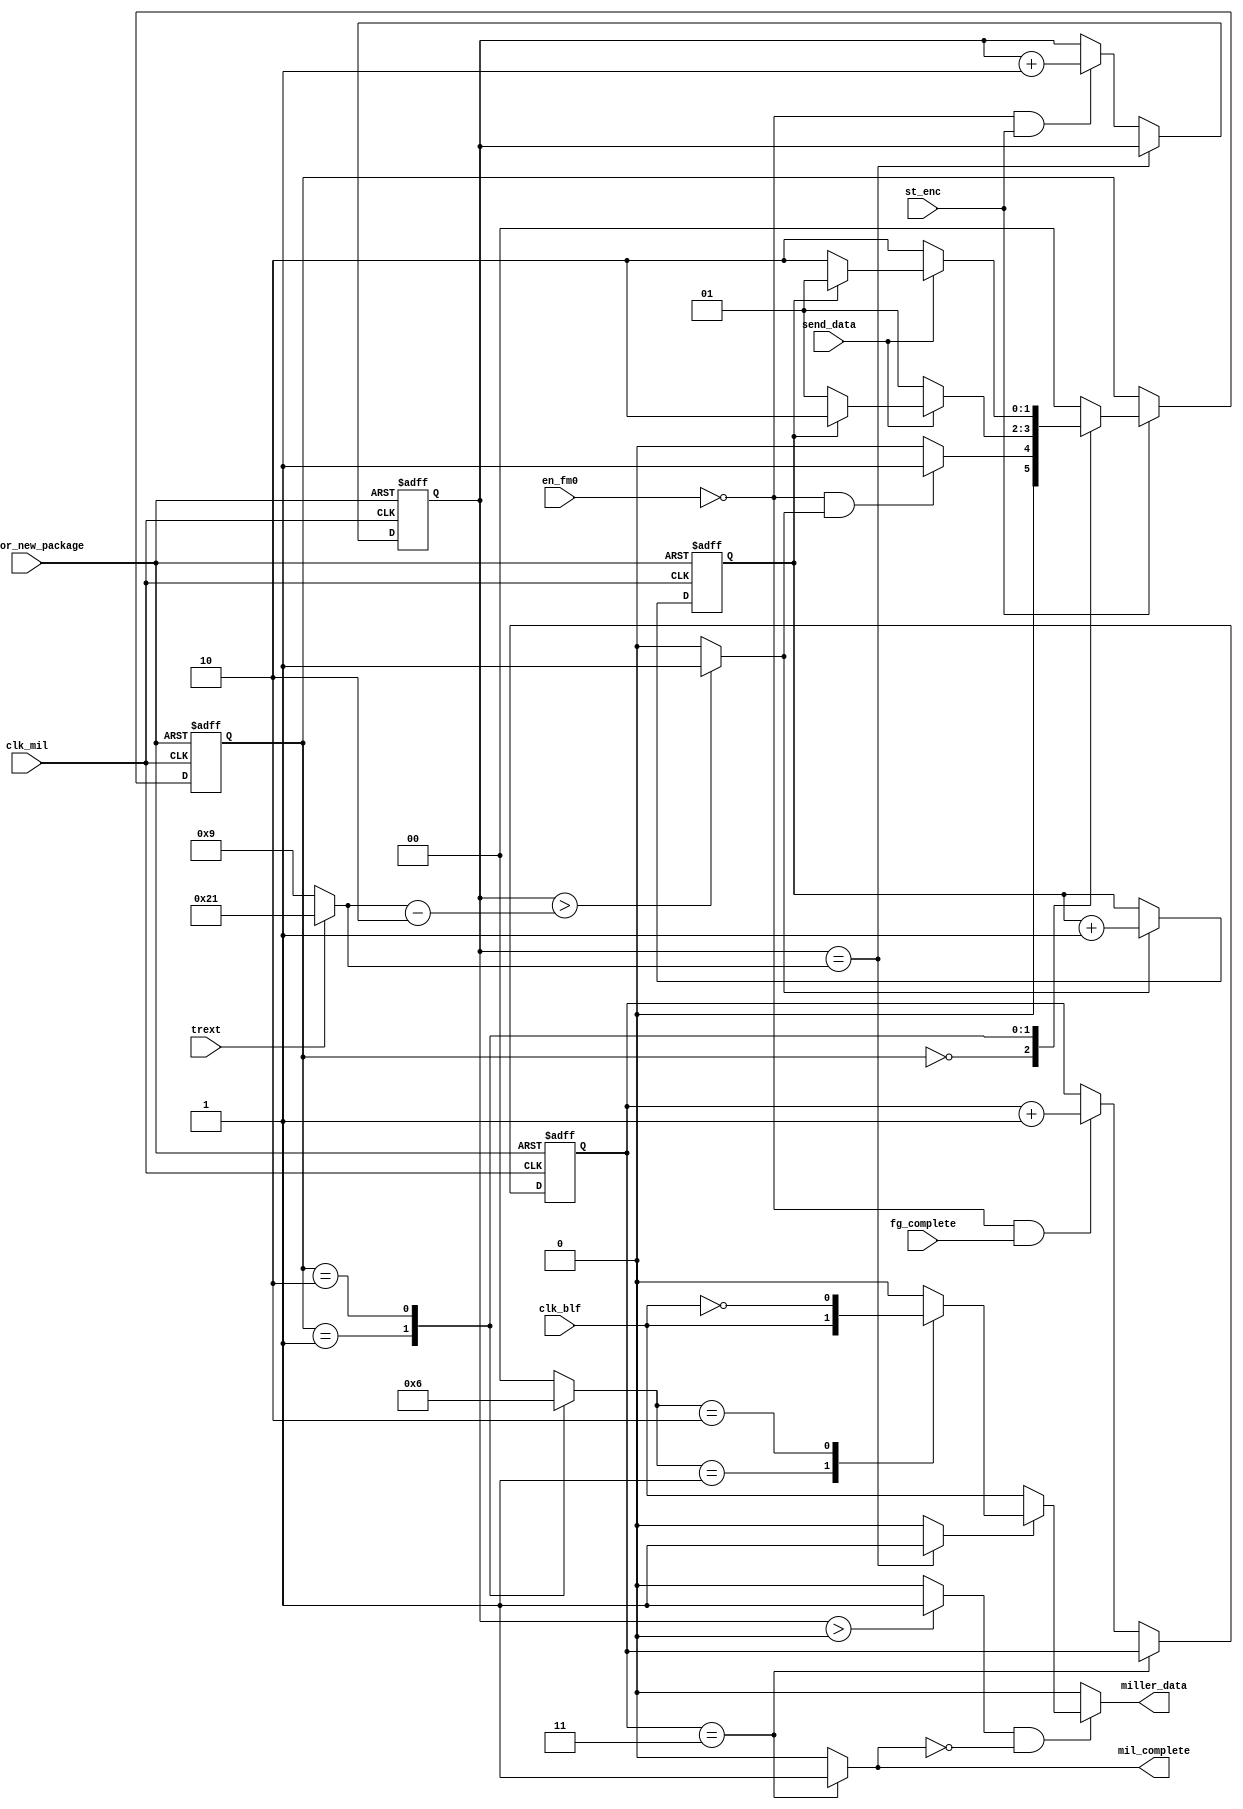
/*
	*	Miller Encoder
	*
	*	By our algorithm, Miller Encoder can operate in the lowest frequency
	*	to save the power dissipation
	*
	*	This algorithm is also applied to FMo Encoder
	*
	*	If enable Miller Encoder, disable FM0 Encoder and vice versa
*/


`timescale 1us / 1ns


module miller_enc
(
output miller_data,
output mil_complete,
input clk_mil,
input rst_for_new_package,
input clk_blf,
input send_data,
input en_fm0,		// if en_fm0 = 0, enable miller encoder 
input trext,
input st_enc,
input fg_complete
);


parameter GetData  	= 2'b00;
parameter DataP   	= 2'b01;
parameter DataN   	= 2'b10;


reg [1:0]ps;
reg [1:0]ns;

wire clk_blf_n;
wire en_mil_out;
wire m2o;
wire mp_complete;
wire me_start;

reg [5:0]mp_end;
reg [5:0]mp_cnt;
reg m_cnt;
reg m1o;
reg [1:0]data_select;
reg [1:0]fg_comp_cnt;


assign clk_blf_n = ~clk_blf;

assign en_mil_out = (mp_cnt > 6'h0)? 1'b1 : 1'b0;

assign miller_data = (en_mil_out & ~mil_complete)? m2o : 1'b0;

assign m2o = mp_complete? m1o : clk_blf;

assign mp_complete = (mp_cnt == mp_end)? 1'b1 : 1'b0;

assign me_start = (mp_cnt > mp_end - 6'h2)? 1'b1 : 1'b0; 

always@(*) begin
	if(~trext) mp_end = 6'h9;
	else mp_end = 6'h21;
end

always@(posedge clk_mil or negedge rst_for_new_package) begin
	if(~rst_for_new_package) mp_cnt <= 6'h0;
	else begin
		if(mp_cnt == mp_end) mp_cnt <= mp_cnt;
		else if(~en_fm0 & st_enc) mp_cnt <= mp_cnt + 6'h1;
	end
end

always@(posedge clk_mil or negedge rst_for_new_package) begin
	if(~rst_for_new_package) m_cnt <= 1'b0;
	else if(me_start) m_cnt <= m_cnt + 1'b1;
end

always@(posedge clk_mil or negedge rst_for_new_package) begin
	if(~rst_for_new_package) ps <= GetData;
	else if(st_enc) ps <= ns;
end

always@(*) begin
	case(ps)
		GetData : if(~en_fm0 & me_start) ns = DataP;
			  else ns = GetData;
		DataP	: if(~send_data) ns = DataP;
			  else begin
			  	if(~m_cnt) ns = DataP;
				else ns = DataN;
			  end
		DataN	: if(~send_data) ns = DataN;
			  else begin
			  	if(~m_cnt) ns = DataN;
				else ns = DataP;
			  end
		default : ns = GetData;
	endcase
end

always@(*) begin
	case(ps)
		GetData : data_select = 2'h0;
		DataP	: data_select = 2'h1;
		DataN	: data_select = 2'h2;
		default : data_select = 2'h0;
	endcase
end

always@(*) begin
	case(data_select)
		2'h0	: m1o = 1'b0;
		2'h1	: m1o = clk_blf;
		2'h2	: m1o = clk_blf_n;
		default : m1o = 1'b0;
	endcase
end

always@(posedge clk_mil or negedge rst_for_new_package) begin
	if(~rst_for_new_package) fg_comp_cnt <= 2'b0;
	else begin
		if(fg_comp_cnt == 2'b11) fg_comp_cnt <= fg_comp_cnt;
		else if(~en_fm0 & fg_complete) fg_comp_cnt <= fg_comp_cnt + 2'b1;
	end
end

assign mil_complete = (fg_comp_cnt == 2'b11)? 1'b1 : 1'b0;


endmodule